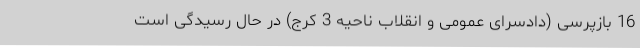
16 بازپرسی (دادسرای عمومی و انقلاب ناحیه 3 کرج) در حال رسیدگی است